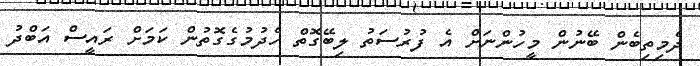
ދެމިތިބެން ބޭނުން މީހުންނަށް އެ ފުރުސަތު ލިބޭގޮތް ހެދުމުގެގޮތުން ކަމަށް ރައީސް އަބްދު